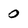
Character: 0